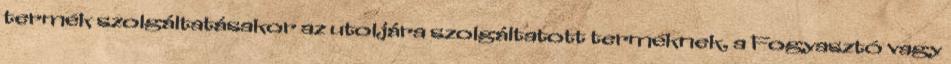
termék szolgáltatásakor az utoljára szolgáltatott terméknek, a Fogyasztó vagy